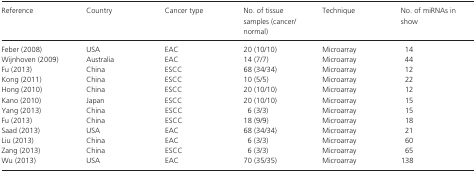
| Reference | Country | Cancer type | No. of tissue samples (cancer/normal) | Technique | No. of miRNAs in show |
 | --- | --- | --- | --- | --- | --- |
 | Feber (2008) | USA | EAC | 20 (10/10) | Microarray | 14 |
 | Wijnhoven (2009) | Australia | EAC | 14 (7/7) | Microarray | 44 |
 | Fu (2013) | China | ESCC | 68 (34/34) | Microarray | 12 |
 | Kong (2011) | China | ESCC | 10 (5/5) | Microarray | 22 |
 | Hong (2010) | China | ESCC | 20 (10/10) | Microarray | 12 |
 | Kano (2010) | Japan | ESCC | 20 (10/10) | Microarray | 15 |
 | Yang (2013) | China | ESCC | 6 (3/3) | Microarray | 15 |
 | Fu (2013) | China | ESCC | 18 (9/9) | Microarray | 18 |
 | Saad (2013) | USA | EAC | 68 (34/34) | Microarray | 21 |
 | Liu (2013) | China | EAC | 6 (3/3) | Microarray | 60 |
 | Zang (2013) | China | ESCC | 6 (3/3) | Microarray | 65 |
 | Wu (2013) | USA | EAC | 70 (35/35) | Microarray | 138 |